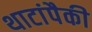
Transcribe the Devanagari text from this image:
थाटांपैकी